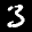
Label: 3